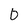
Character: 0